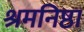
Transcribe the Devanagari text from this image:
श्रमनिष्ठा